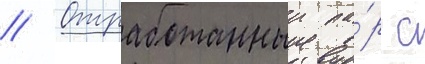
// Отработанныи па́р с